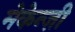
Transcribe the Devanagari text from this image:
मेकेन्ज़ी